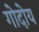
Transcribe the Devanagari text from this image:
गोदोय